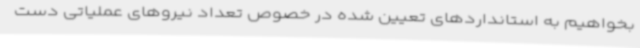
بخواهیم به استانداردهای تعیین شده در خصوص تعداد نیروهای عملیاتی دست